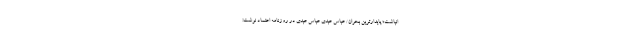
انباشت؛ پایدارترین بحران/ عباس عبدی عباس عبدی در روزنامه اعتماد نوشت: